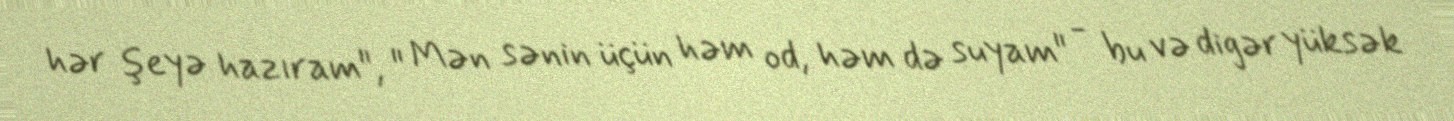
hər şeyə hazıram", " Mən sənin üçün həm od, həm də suyam" - bu və digər yüksək